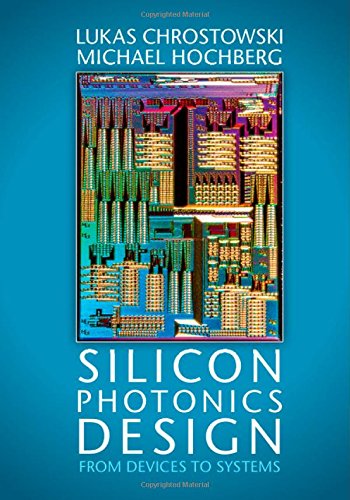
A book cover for Silicon Photonics Design: From Devices to Systems; Lukas Chrostowski; Science & Math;